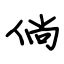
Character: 倘